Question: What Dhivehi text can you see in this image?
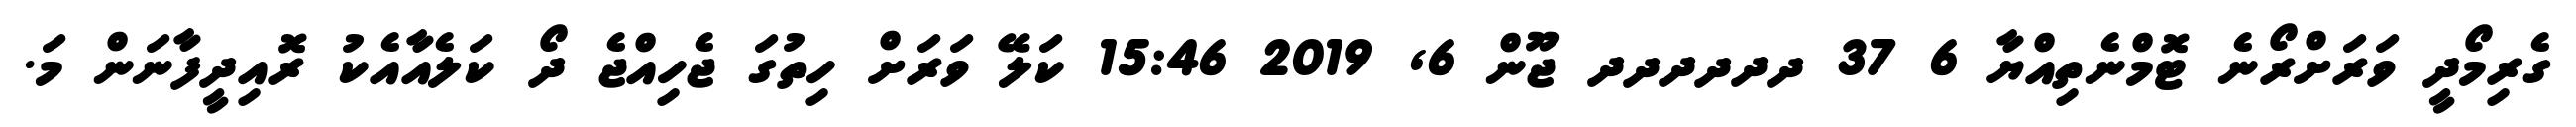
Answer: ގެރިމޯދީ ވަރަށްރޯނެ ޓޮމްނެތިއްޔާ 6 37 ދދދދދދ ޖޫން 6, 2019 15:46 ކަލޭ ވަރަށް ހިތުގަ ޖެހިއްޖެ ދޯ ކަލެއާއެކު ރޮއިދީފާނަން މަ.